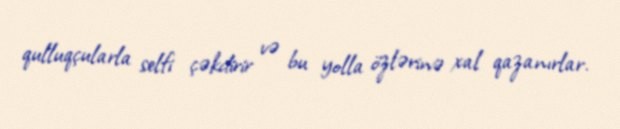
qulluqçularla selfi çəkdirir və bu yolla özlərinə xal qazanırlar.